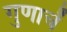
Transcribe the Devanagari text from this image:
गुणाचें